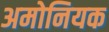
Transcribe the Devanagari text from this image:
अमोनियक